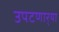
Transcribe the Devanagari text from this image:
उपटणार्‍या